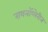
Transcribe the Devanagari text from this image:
रायनॉप्लेरीन